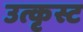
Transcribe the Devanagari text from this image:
उत्कृस्ट